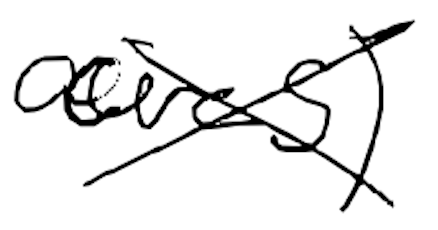
Text: acres)
Cross-out: mix
Writing tool: digital_black